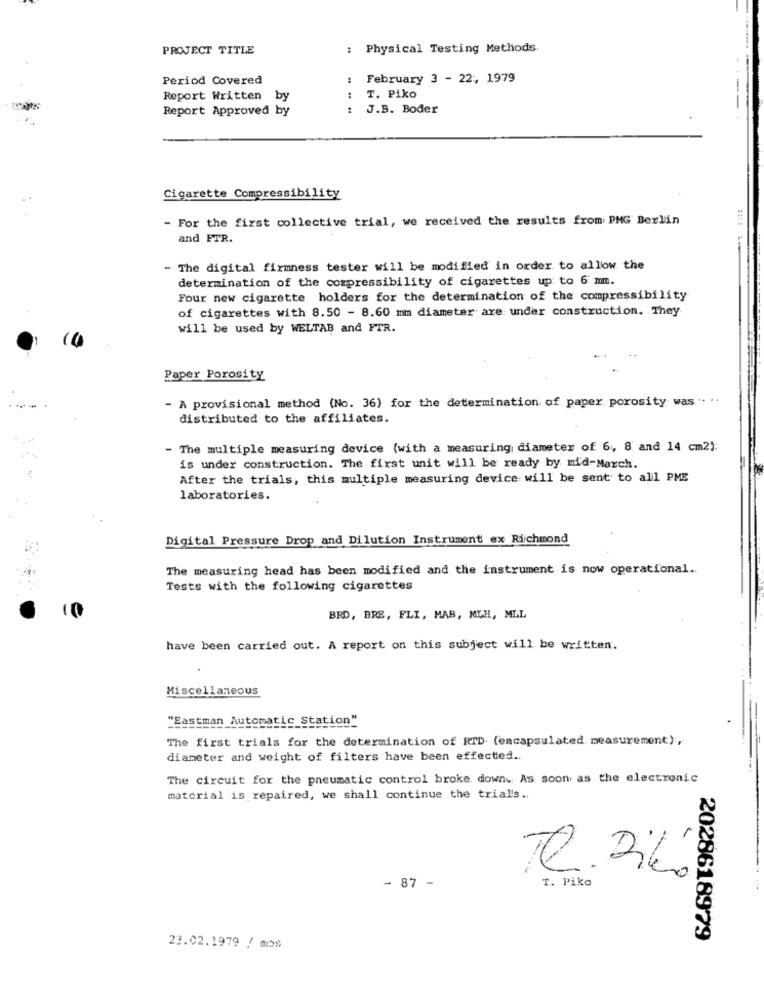
PROJECT TITLE
Physical Testing Methods.
Period Covered
February 3 - 22: 1979
Report Written by
:
T. Piko
Report Approved by
:
J.B. Boder
Cigarette Compressibility
- For the first collective trial, we received the results from PMG Berlin
and FTR.
- The digital firmness tester will be modified in order to allow the
determination of the compressibility of cigarettes up to 6 mm.
Four new cigarette holders for the determination of the compressibility
of cigarettes with 8.50 - 8.60 mm diameter are under construction. They
will be used by WELTAB and FTR.
Paper Porosity
- A provisional method (No. 36) for the determination of paper. porosity was. ". ..
distributed to the affiliates.
- The multiple measuring device (with a measuring diameter of 6, 8 and 14 cm2):
is under construction. The first unit will be ready by mid-March.
After the trials, this multiple measuring device will be sent to all PME
laboratories.
Digital Pressure Drop and Dilution Instrument ex Richmond
The measuring head has been modified and the instrument is now operational.
Tests with the following cigarettes
BRD, BRE, FLI, MAB, NIH, MLL
have been carried out. A report on this subject will be written.
Miscellaneous
"Eastman Automatic Station"
The first trials for the determination of RTD. (encapsulated measurement),
diameter and weight of filters have been effected.
The circuit for the pneumatic control broke down. As soon as the electronic
material is repaired, we shall continue the trial's ..
e. 26
- 87 -
T. Pika
2028618979
23.02.1979 / mos